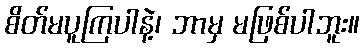
စိတ်မပူကြပါနဲ့၊ ဘာမှ မဖြစ်ပါဘူး။